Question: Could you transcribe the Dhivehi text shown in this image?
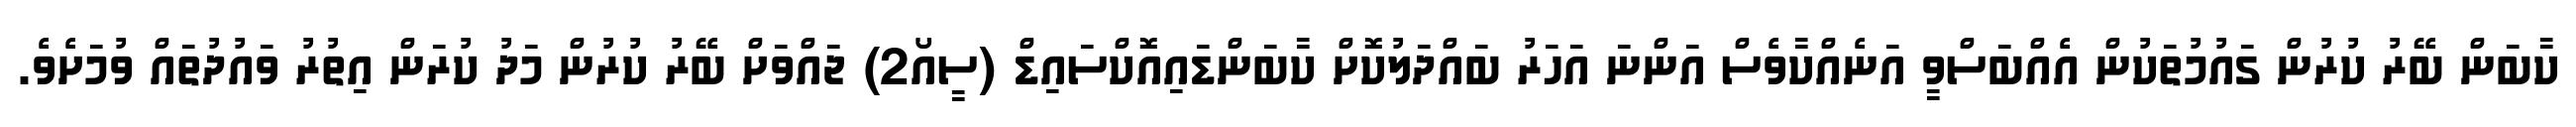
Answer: ކާބަން ބޭރު ކުރުން ގައުމުތަކުން އެއްބަސްވީ އަނެއްކާވެސް އަންނަ އަހަރު ބައްދަލުކޮށް ކާބަންޑައިއޮކްސައިޑް (ސީއޯ2) ޖައްވަށް ބޭރު ކުރުން މަދު ކުރަން އިތުރު ވައުދުތައް ވުމަށެވެ.